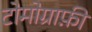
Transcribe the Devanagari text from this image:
टोमोग्राफ़ी